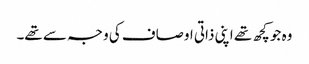
وہ جو کچھ تھے اپنی ذاتی اوصاف کی وجہ سے تھے۔